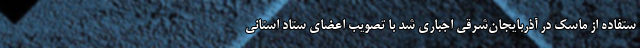
ستفاده از ماسک در آذربایجان‌شرقی اجباری شد با تصویب اعضای ستاد استانی